Civil Veterinary Dept. Bombay admin report 1932-41 - 1932-1941
Year: 1932
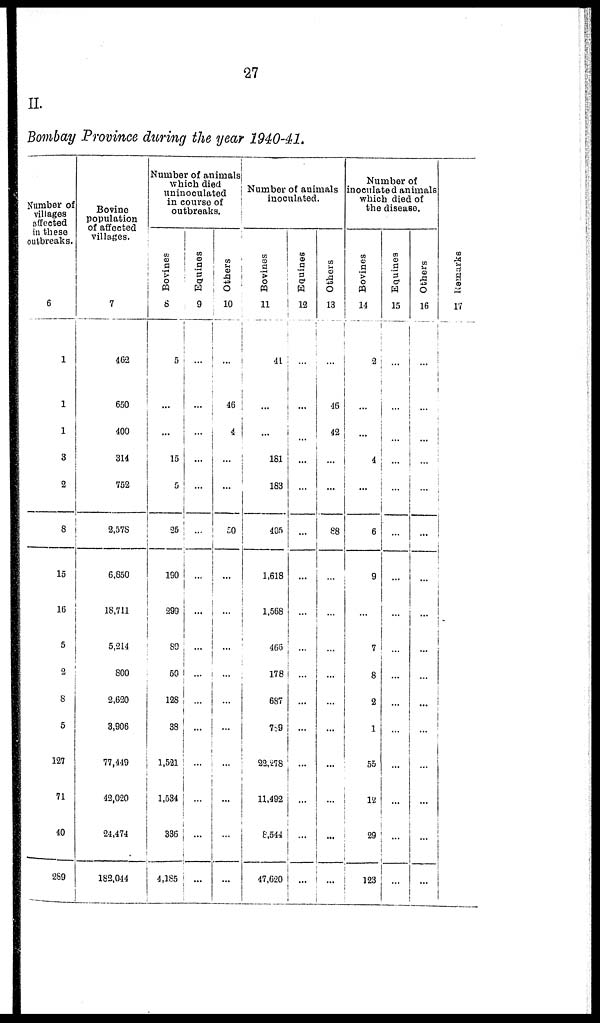
27
II.
Bombay Province during the year 1940-41.
Number of
villages
affected
in these
outbreaks.
6
1
1
1
3
2
8
15
16
5
2
8
5
127
71
40
289
Bovine
population
of affected
villages.
7
462
650
400
314
752
2,578
6,850
18,711
5,214
800
2,620
3,906
77,449
42,020
24,474
182,044
Number of animals
which died
uninoculated
in course of
outbreaks.
Bovines
8
5
...
...
15
5
25
190
299
89
50
128
38
1,521
1,534
336
4,185
Equines
9
...
...
...
...
...
...
...
...
...
...
...
...
...
...
...
...
Others
10
...
46
4
...
...
50
...
...
...
...
...
...
...
...
...
...
Number of animals
inoculated.
Bovines
11
41
...
...
181
183
405
1,618
1,568
466
178
687
789
22,278
11,492
8,544
47,620
Equines
12
...
...
...
...
...
...
...
...
...
...
...
...
...
...
...
...
Others
13
...
46
42
...
...
88
...
....
...
...
...
...
...
...
...
Number of
inoculated animals
which died of
the disease.
Bovines
14
2
...
...
4
...
6
9
...
7
8
2
1
55
12
29
123
Equines
15
...
...
...
...
...
...
...
...
...
...
...
...
...
...
...
...
Others
16
...
...
...
...
...
...
...
...
...
...
...
...
...
...
...
...
Remarks
17
...
...
...
...
...
...
...
...
...
...
...
...
...
...
...
...